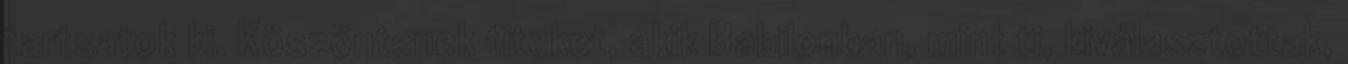
tartsatok ki. Köszöntenek titeket, akik Babilonban, mint ti, kiválasztottak,